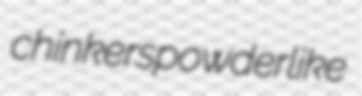
chinkers powderlike